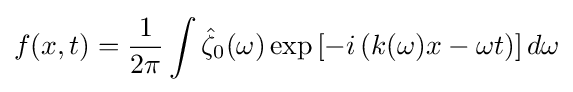
f(x,t)={\frac {1}{2\pi }}\int {\hat {\zeta }}_{0}(\omega )\exp \left[-i\left(k(\omega )x-\omega t\right)\right]d\omega